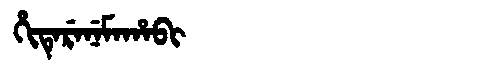
Manchu: ᡥᡳᡨᡝᡵᡝᠨᡝᠮᠠᡥᠠᠪᡳ
Romanization: HITERENEMAHABI